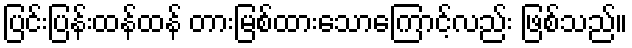
ပြင်းပြန်းထန်ထန် တားမြစ်ထားသောကြောင့်လည်း ဖြစ်သည်။